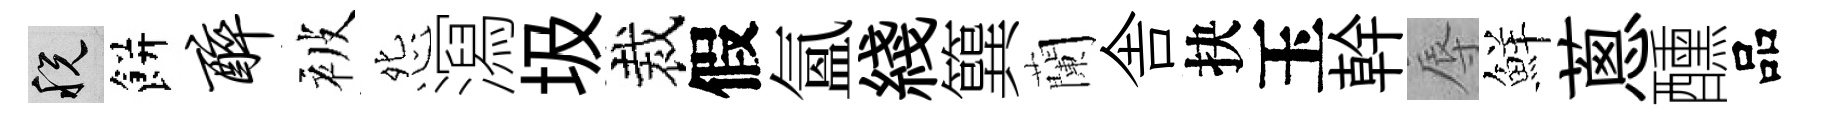
税餅醉被怨㵼圾裁假氳綫簨蘭舎抉玉幹辱鮮蔥醺品